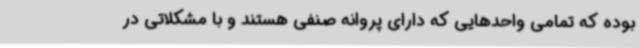
بوده که تمامی واحدهایی که دارای پروانه صنفی هستند و با مشکلاتی در